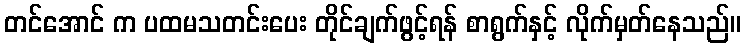
တင်အောင် က ပထမသတင်းပေး တိုင်ချက်ဖွင့်ရန် စာရွက်နှင့် လိုက်မှတ်နေသည်။